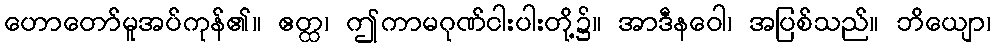
ဟောတော်မူအပ်ကုန်၏။ ဧတ္ထ၊ ဤကာမဂုဏ်ငါးပါးတို့၌။ အာဒီနဝေါ၊ အပြစ်သည်။ ဘိယျော၊